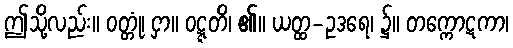
ဤသို့လည်း။ ဝတ္တုံ၊ ငှာ။ ဝဋ္ဋတိ၊ ၏။ ယတ္ထ-ဥဒရေ၊ ၌။ တက္ကောဋကာ၊